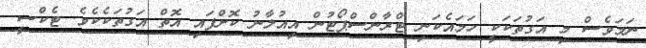
ނަމަވެސް މި އަގުތަކަކީ ހަމައެކަނި ޓްރާންސްޕޯޓުން އިއުލާނު ކޮށްފައި އޮތް އަގުތަކެކެވެ. ޓެކްސީ